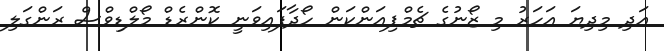
އަދި މިދިޔަ އަހަރު މި ޒޯނުގެ ޗެމްޕިއަންކަން ހޯދާފައިވަނީ ކޮންރެޑް މޯލްޑިވްސް ރަންގަލި